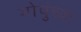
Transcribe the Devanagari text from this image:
गोपुंच्या